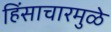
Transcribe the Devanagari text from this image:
हिंसाचारमुळे